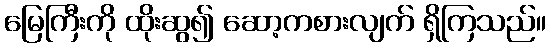
မြေကြီးကို ထိုးဆွ၍ ဆော့ကစားလျက် ရှိကြသည်။